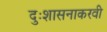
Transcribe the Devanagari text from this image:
दुःशासनाकरवी